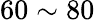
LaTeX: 60\sim 80